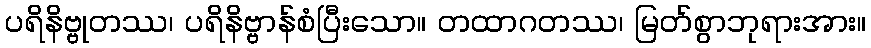
ပရိနိဗ္ဗုတဿ၊ ပရိနိဗ္ဗာန်စံပြီးသော။ တထာဂတဿ၊ မြတ်စွာဘုရားအား။